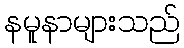
နမူနာများသည်